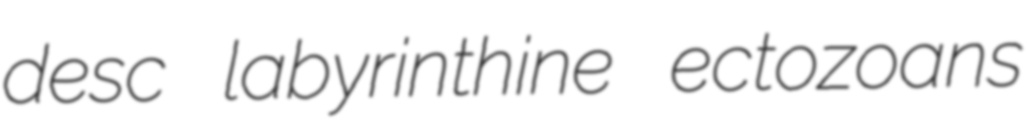
desc labyrinthine ectozoans